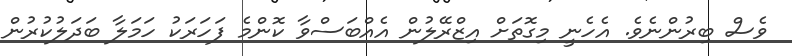
ވެސް ބިރުންނެވެ. އެހެނީ މިގޮތަށް އިޒްރޭލުން އެއްބަސްވާ ކޮންމެ ފަހަރަކު ހަމަލާ ބަދަލުކުރުން